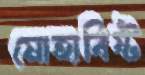
মোহাবিষ্ট